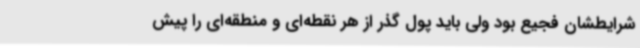
شرایطشان فجیع بود ولی باید پول گذر از هر نقطه‌ای و منطقه‌ای را پیش